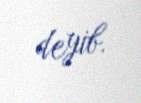
deyib.